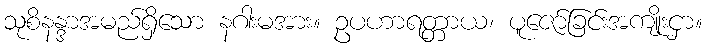
သုစိနန္ဒာအမည်ရှိသော နဂါးမအား။ ဥပဟာရတ္တာယ၊ ပူဇော်ခြင်းအကျိုးငှာ။